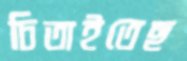
চিতাইতেছ